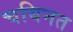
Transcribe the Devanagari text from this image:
चयिनत